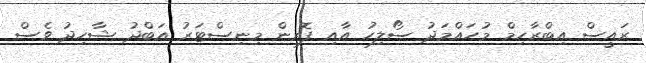
ރައީސް އިބްރާހިމް މުހައްމަދު ސޯލިހު އާއި ފޮރިން މިނިސްޓަރު އަބްދު ޝާހިދު ވެސް